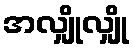
အလျှိုလျှို